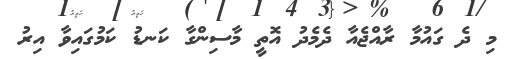
މި ދެ ގައުމާ ރާއްޖެއާ ދެމެދު އޮތީ މާސިންގާ ކަނޑު ކަމުގައިވާ އިރު